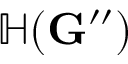
\mathbb { H } ( \mathbf { G } ^ { \prime \prime } )